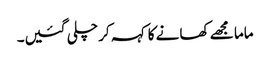
ماما مجھے کھانے کا کہہ کر چلی گئیں۔